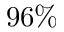
9 6 \%